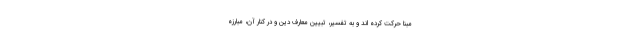
مبنا حرکت کرده اند و به تفسیر، تبیین معارف دین و در کنار آن، مبارزه